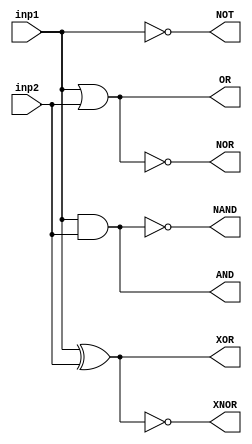
module Basic_gates(inp1, inp2, AND, OR, NOT, NOR, NAND, XOR, XNOR);
	input inp1, inp2;
	output AND, OR, NOT, NOR, NAND, XOR, XNOR;

	assign AND = inp1 & inp2;
	assign OR = inp1 | inp2;
	assign NOT = ~inp1;
	assign NOR = ~(inp1 | inp2);
	assign NAND = ~(inp1 & inp2);
	assign XOR = inp1 ^ inp2;
	assign XNOR = ~(inp1 ^ inp2);

endmodule